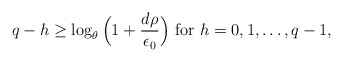
\begin{align*} q-h\ge \log_{\theta}\Big(1+\frac{d \rho}{\epsilon_0}\Big)~{\rm for}~h=0,1,\dots,q-1, \end{align*}